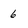
Character: 6